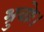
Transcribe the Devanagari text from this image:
भ्रुवोः।